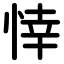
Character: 悻